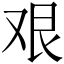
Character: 艰